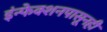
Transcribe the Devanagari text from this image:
इंन्फेक्शनपासूनही